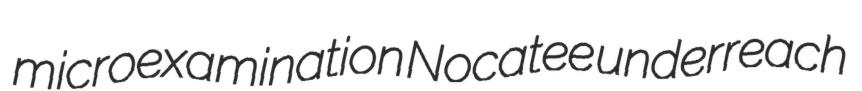
microexamination Nocatee underreach